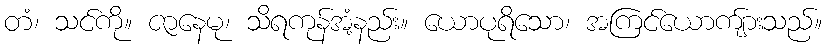
တံ၊ သင်ကို။ ဇာနေမု၊ သိရကုန်အံ့နည်း။ ယောပုရိသော၊ အကြင်ယောကျ်ားသည်။